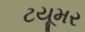
ટયૂમર